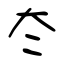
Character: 冭